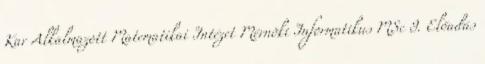
Kar Alkalmazott Matematikai Intézet Mérnöki Informatikus MSc 9. Előadás